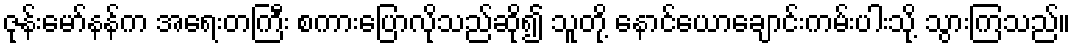
ဇုန်းမော်နန်က အရေးတကြီး စကားပြောလိုသည်ဆို၍ သူတို့ နောင်ယောချောင်းကမ်းပါးသို့ သွားကြသည်။